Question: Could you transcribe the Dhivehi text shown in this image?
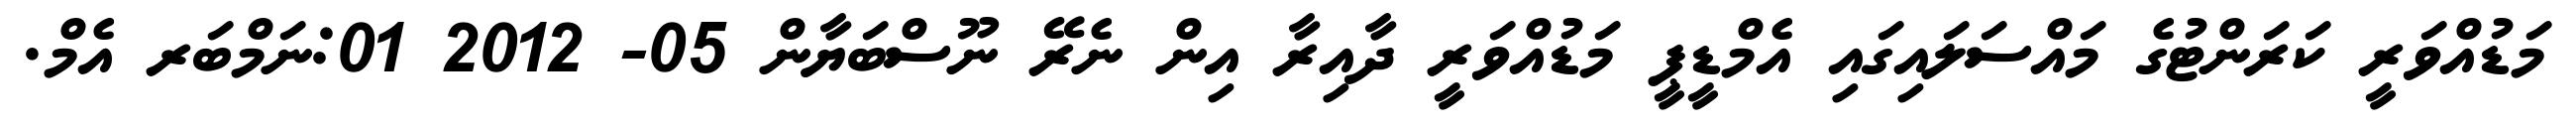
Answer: މަޑުއްވަރީ ކަރަންޓުގެ މައްސަލައިގައި އެމްޑީޕީ މަޑުއްވަރީ ދާއިރާ އިން ނެރޭ ނޫސްބަޔާން 05- 2012 01:ނަމްބަރ އެމް.